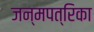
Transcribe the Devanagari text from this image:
जन्मपत्रिका